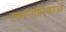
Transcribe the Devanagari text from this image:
रक्तनालिकाओं